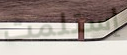
إستلمت